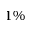
1 \%